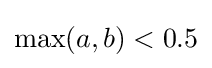
\max(a,b)<0.5